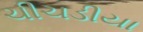
ચીચડીયા